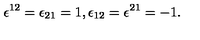
\epsilon ^ { 1 2 } = \epsilon _ { 2 1 } = 1 , \epsilon _ { 1 2 } = \epsilon ^ { 2 1 } = - 1 .